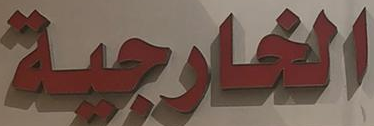
الخارجية